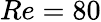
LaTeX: Re=80